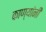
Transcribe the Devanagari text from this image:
काण्यांनी